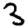
Digit: 3